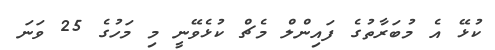
ކުޅޭ އެ މުބަރާތުގެ ފައިންލް މެޗް ކުޅެވޭނީ މި މަހުގެ 25 ވަނަ